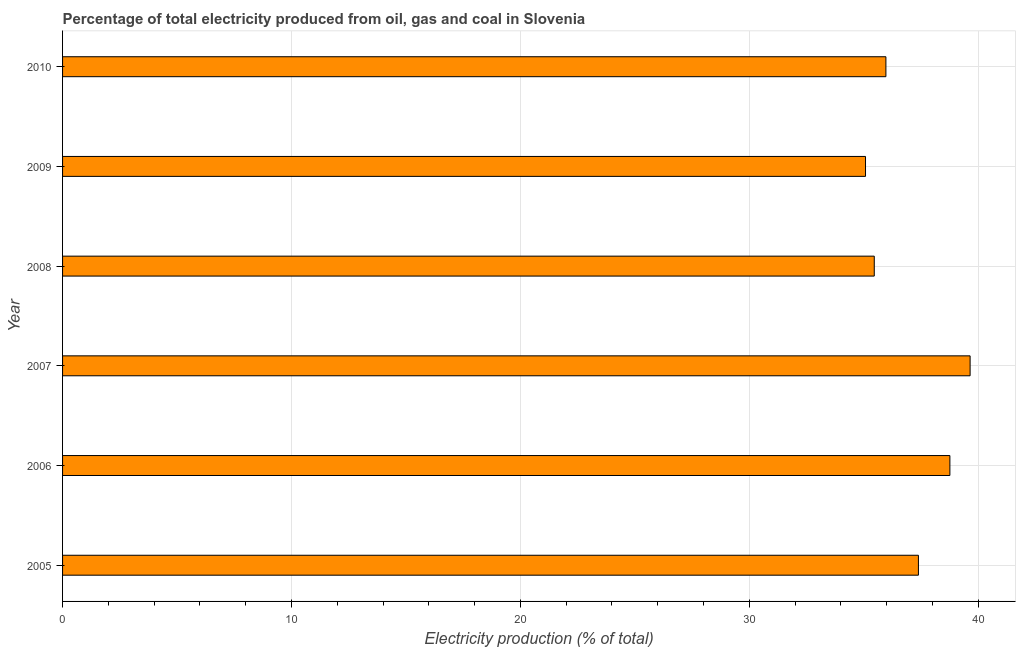
| Year | Electricity production |
 | --- | --- |
 | 2005 | 37.4 |
 | 2006 | 38.8 |
 | 2007 | 39.6 |
 | 2008 | 35.5 |
 | 2009 | 35.1 |
 | 2010 | 36 |